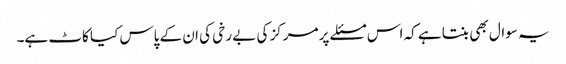
یہ سوال بھی بنتا ہے کہ اس مسئلے پر مرکز کی بے رخی کی ان کے پاس کیا کاٹ ہے۔